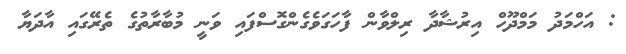
: އަހްމަދު މަމްދޫހް އިރުޝާދާ ރިލްވާން ފާހަގަވެގެންގޮސްފައި ވަނީ މުބާރާތުގެ ތެރޭގައި އާދަޔާ